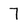
Character: 7